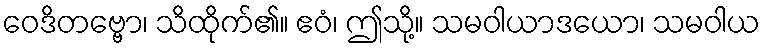
ဝေဒိတဗ္ဗော၊ သိထိုက်၏။ ဧဝံ၊ ဤသို့။ သမဝါယာဒယော၊ သမဝါယ